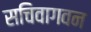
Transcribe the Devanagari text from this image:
सचिवागवन